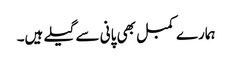
ہمارے کمبل بھی پانی سے گیلے ہیں۔